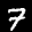
Label: 7